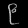
Digit: ၉